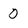
Character: o